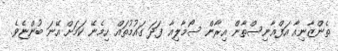
ތެންޒާނިއާ އަފްޣާނިސްތާން އިރާން ސޯމާލިއާ ފަދަ ގައުމުތައް ހިމެނޭ ކަމަށް އޭނަ ބުންޏެވެ.